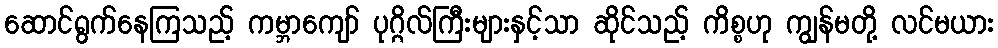
ဆောင်ရွက်နေကြသည့် ကမ္ဘာကျော် ပုဂ္ဂိလ်ကြီးများနှင့်သာ ဆိုင်သည့် ကိစ္စဟု ကျွန်မတို့ လင်မယား